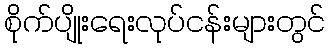
စိုက်ပျိုးရေးလုပ်ငန်းများတွင်